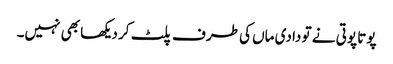
پوتا پوتی نے تو دادی ماں کی طرف پلٹ کر دیکھا بھی نہیں۔